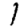
Digit: 1